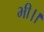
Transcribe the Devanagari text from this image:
भी।।